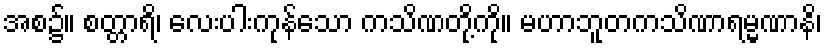
အစ၌။ စတ္တာရိ၊ လေးပါးကုန်သော ကသိဏတို့ကို။ မဟာဘူတကသိဏာရမ္မဏာနိ၊